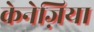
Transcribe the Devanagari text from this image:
केनेज़िया